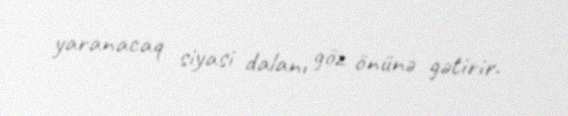
yaranacaq siyasi dalanı göz önünə gətirir.